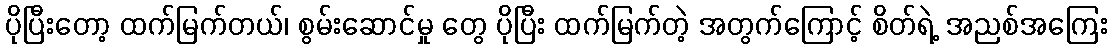
ပိုပြီးတော့ ထက်မြက်တယ်၊ စွမ်းဆောင်မှု တွေ ပိုပြီး ထက်မြက်တဲ့ အတွက်ကြောင့် စိတ်ရဲ့ အညစ်အကြေး